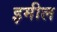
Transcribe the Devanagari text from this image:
इमील